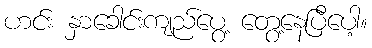
ဟင်း နှာခေါင်းကျည်ပွေ့ တွေ့နေပြီပေါ့။